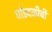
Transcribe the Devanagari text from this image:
घोडदळीची